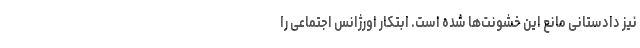
نیز دادستانی مانع این خشونت‌ها شده است. ابتکار اورژانس اجتماعی را